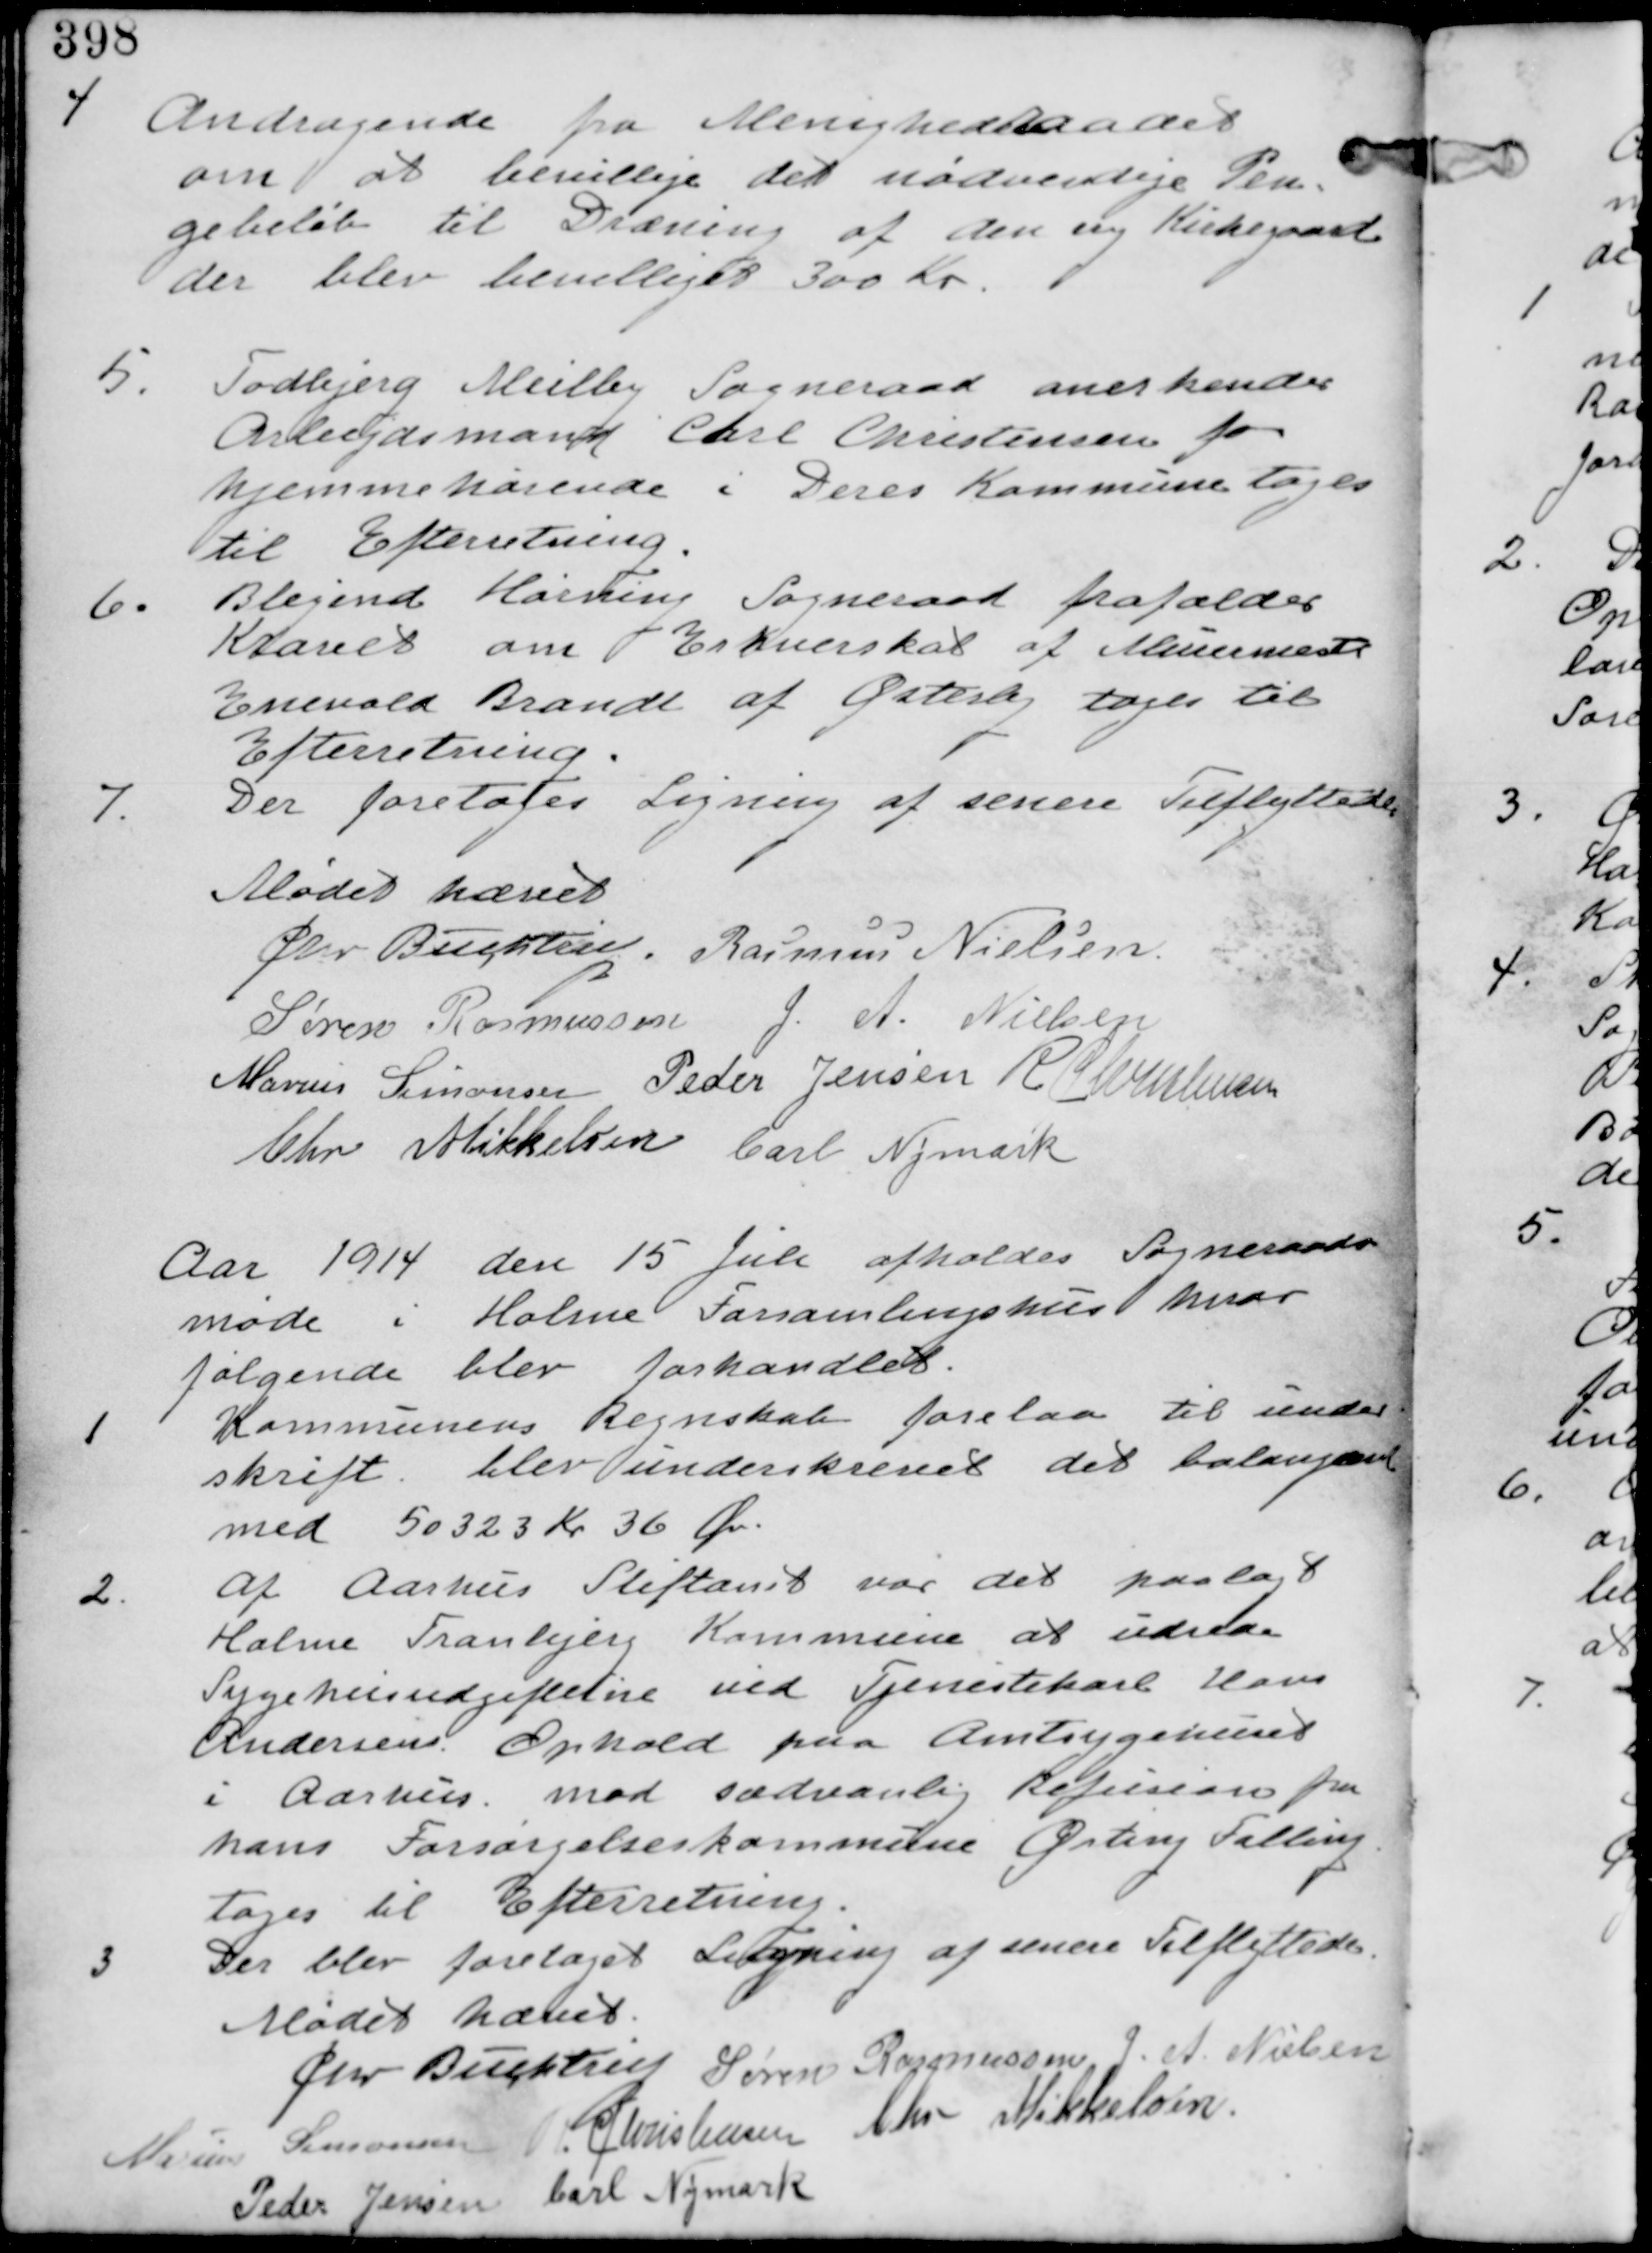
Transskription:
4. Andragende fra Menighedsraadet
om at bevillige det nødvendige Pen-
gebeløb til Dræning af den ny Kirkegaard
der blev bevilliget 300 Kr.

5. Todbjerg Meilby Sogneraad anerkender
Arbejdsmand Carl Christensen for
hjemmehørende i Deres Kommune tages
til Efterretning.

6. Blegind Hørning Sogneraad frafalder
Kravet om Erhvervskat af Muremester
Enevold Brandt af Østerby tages til
Efterretning.

7.
Der foretoges Ligning af senere Tilflyttere.

Mødet hævet
Chr Buchtrup. Rasmus Nielsen
Søren Rasmussen J. A. Nielsen
Marius Simonsen Peder Jensen R Christensen
Chr Mikkelsen Carl Nymark

Aar 1914 den 15 Juli afholdes Sogneraads
møde i Holme Forsamlingshus hvor
følgende blev forhandlet.

1
Kommunens Regnskab forelaa til under-
skrift. blev underskrevet det balangered
med 50323 Kr 36 Øre

2
Af Aarhus Stiftamt var det paalagt
Holme Tranbjerg Kommune at udrede
Sygehusudgifterne ved Tjenestekarl Hans
Andersens Ophold paa Amtsygehuset
i Aarhus mod sædvanlig Refusion fra
hans Forsørgelseskommune Østerby Salling
tages til Efterretning.

3
Der blev foretaget Ligning af senere Tilflyttere

Mødet hævet
Chr Buchtrup Søren Rasmussen J. A. Nielsen
Marius Simonsen R Christensen Chr Mikkelsen
Peder Jensen Carl Nymark